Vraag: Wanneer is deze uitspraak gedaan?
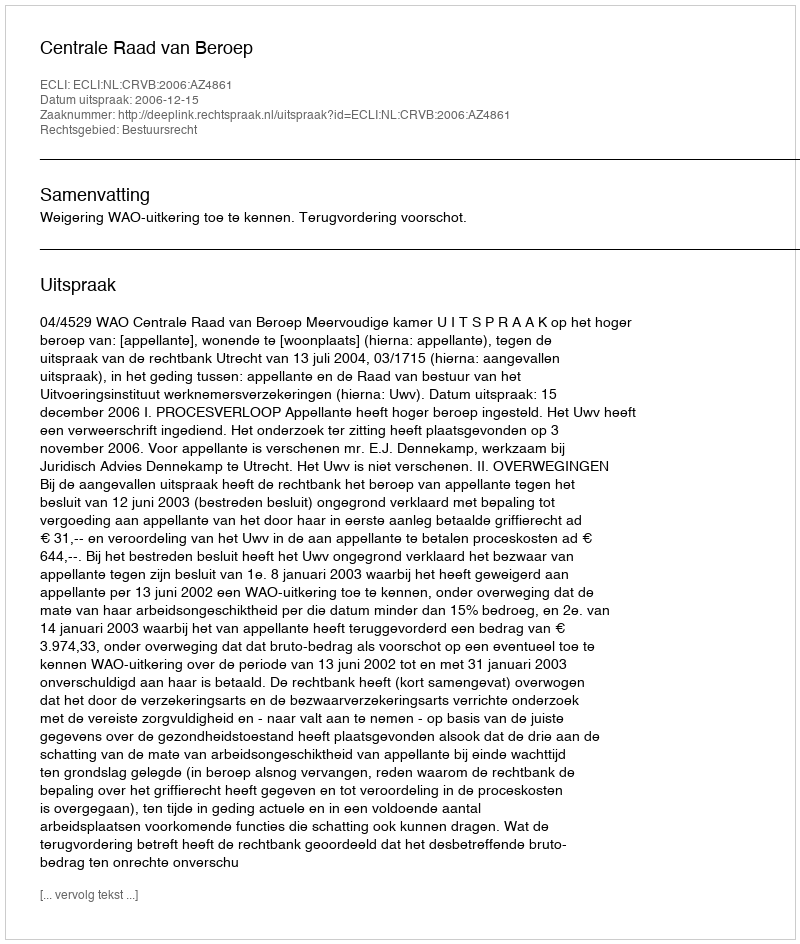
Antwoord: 2006-12-15